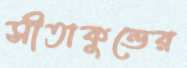
সীতাকুন্ডের